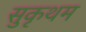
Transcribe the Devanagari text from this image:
सुकृथम